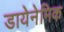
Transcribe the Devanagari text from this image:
डायेनेमिक